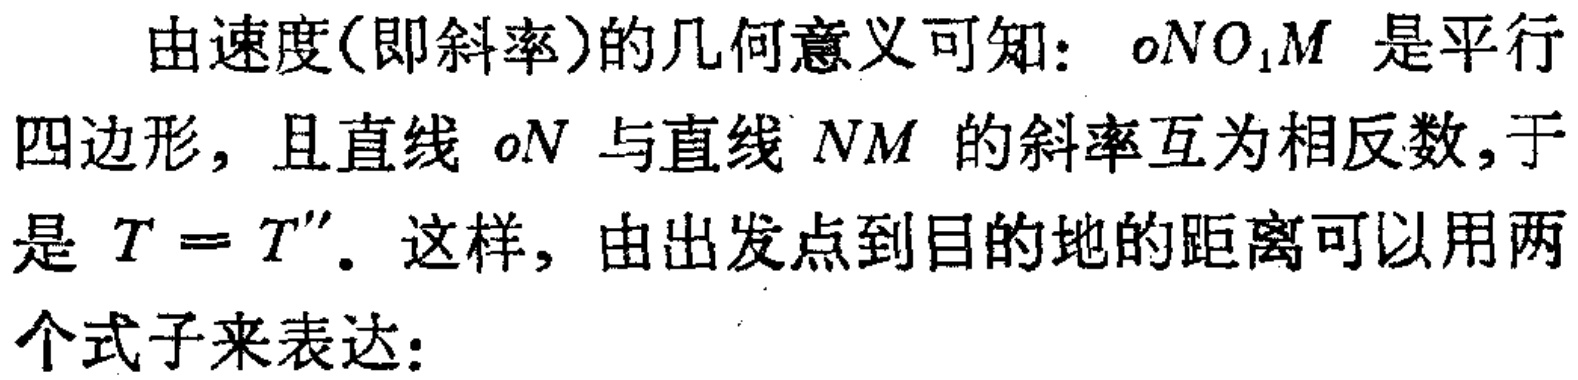
由速度(即斜率)的几何意义可知：$oNO_{1}M$ 是平行四边形，且直线 $oN$ 与直线 $NM$ 的斜率互为相反数,于是 $T = T^{\prime\prime}$. 这样，由出发点到目的地的距离可以用两个式子来表达：